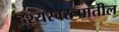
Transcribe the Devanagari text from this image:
दृश्यस्वरूपातील